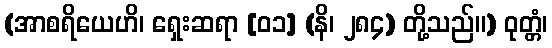
(အာစရိယေဟိ၊ ရှေးဆရာ [၀၁] (နိ၊ ၂၈၄) တို့သည်။) ဝုတ္တံ၊